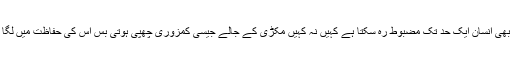
کوئ بھی انسان ایک حد تک مضبوط رہ سکتا ہے کہیں نہ کہیں مکڑی کے جالے جیسی کمزوری چھپی ہوتی بس اس کی حفاظت میں لگا […]